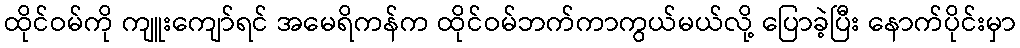
ထိုင်ဝမ်ကို ကျူးကျော်ရင် အမေရိကန်က ထိုင်ဝမ်ဘက်ကာကွယ်မယ်လို့ ပြောခဲ့ပြီး နောက်ပိုင်းမှာ